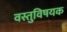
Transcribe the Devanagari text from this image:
वस्तुविषयक